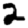
Digit: 2